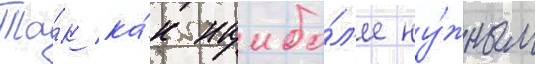
Та́к ка́к наибо́л'ее ну́жным